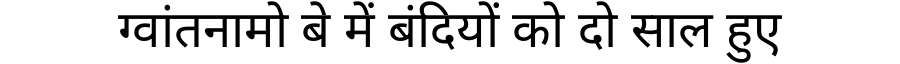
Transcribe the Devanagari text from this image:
ग्वांतनामो बे में बंदियों को दो साल हुए